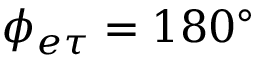
\phi _ { e \tau } = 1 8 0 ^ { \circ }